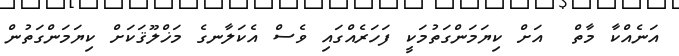
އަނެއްކާ މާތް  އަށް ކިޔަމަންގަތުމަކީ ފަހަރެއްގައި ވެސް އެކަލާނގެ މަޚްލޫޤަކަށް ކިޔަމަންގަތުން